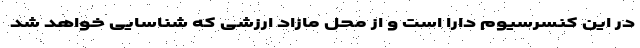
در این کنسرسیوم دارا است و از محل مازاد ارزشی که شناسایی خواهد شد